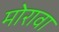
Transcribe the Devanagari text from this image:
मोरावा